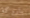
باروكة